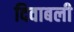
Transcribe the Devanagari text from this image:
दिवाबली